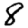
Digit: 8